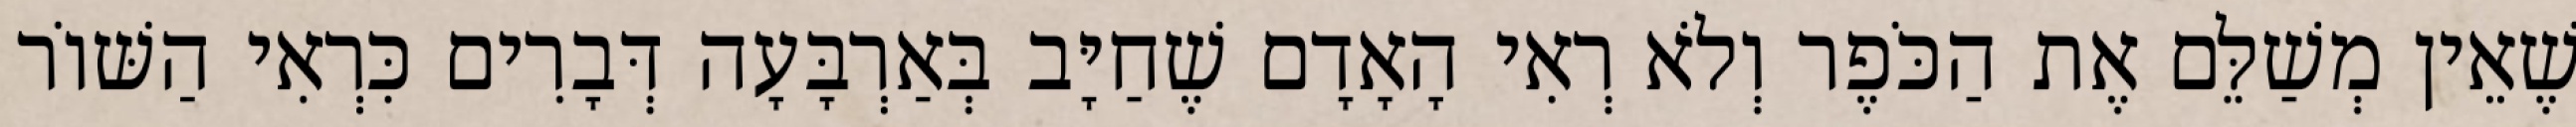
שֶׁאֵין מְשַׁלֵּם אֶת הַכֹּפֶר וְלֹא רְאִי הָאָדָם שֶׁחַיָּב בְּאַרְבָּעָה דְּבָרִים כִּרְאִי הַשּׁוֹר